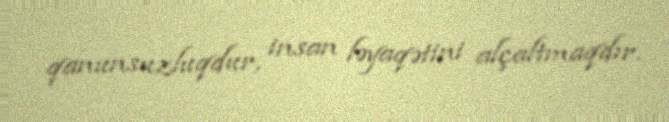
qanunsuzluqdur, insan ləyaqətini alçaltmaqdır.